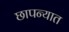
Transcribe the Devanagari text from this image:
छापन्यात